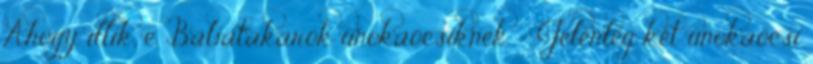
Ahogy illik, e. Babatakarók unokaöcsiknek - Jelenleg két unokaöcsi